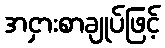
အငှားစာချုပ်ဖြင့်